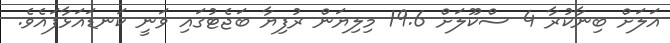
އަލަށް ބިނާކުރާ 4 ސްކޫލަށް 19.6 މިލިޔަން ރުފިޔާ ބަޖެޓުގައި ވަނީ ކަނޑައަޅާފައެވެ.